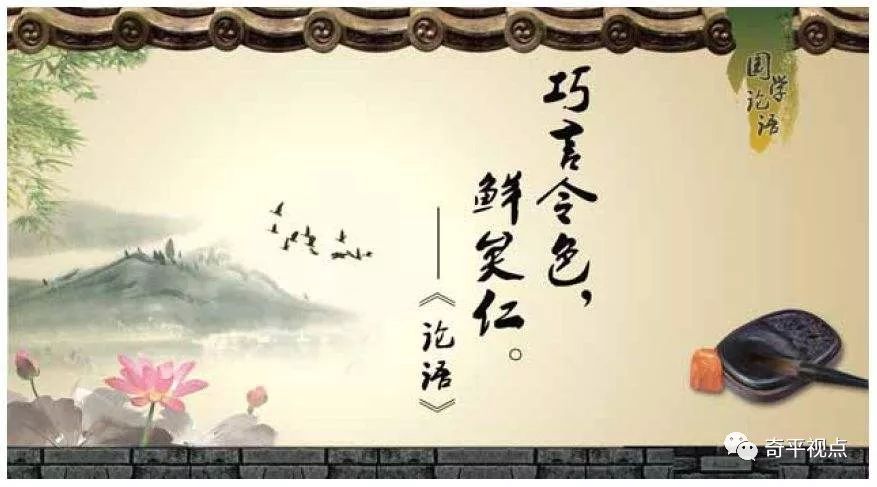
巧言令色，鲜矣仁。